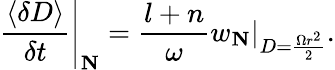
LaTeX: \left.\frac{\left\langle\delta D\right\rangle}{\delta t}\right|_{\mathbf{N}}=\frac{l+n}{\omega}\left.w_{\mathbf{N}}\right|_{D=\frac{\Omega r^{2}}{2}}.